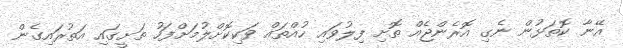
އޭނާ ކޮތަޅުން ނެގި އޮރެންޖެއް ތޮށި ފިލުވައި ހުއްތައް ވަކިކޮށްލުމަށްފަހު ތަށީގައި އަތުރައިގެން